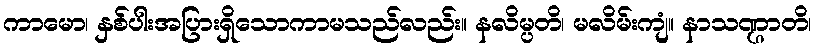
ကာမော၊ နှစ်ပါးအပြားရှိသောကာမသည်လည်း။ နလိမ္ပတိ၊ မလိမ်းကျံ။ နာသဏ္ဌာတိ၊